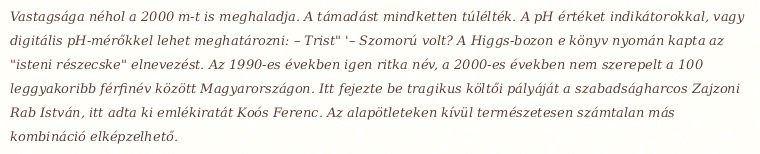
Vastagsága néhol a 2000 m-t is meghaladja. A támadást mindketten túlélték. A pH értéket indikátorokkal, vagy digitális pH-mérőkkel lehet meghatározni: – Trist" '– Szomorú volt? A Higgs-bozon e könyv nyomán kapta az "isteni részecske" elnevezést. Az 1990-es években igen ritka név, a 2000-es években nem szerepelt a 100 leggyakoribb férfinév között Magyarországon. Itt fejezte be tragikus költői pályáját a szabadságharcos Zajzoni Rab István, itt adta ki emlékiratát Koós Ferenc. Az alapötleteken kívül természetesen számtalan más kombináció elképzelhető.